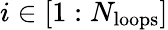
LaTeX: i\in\left[1:N_{\mathrm{loops}}\right]